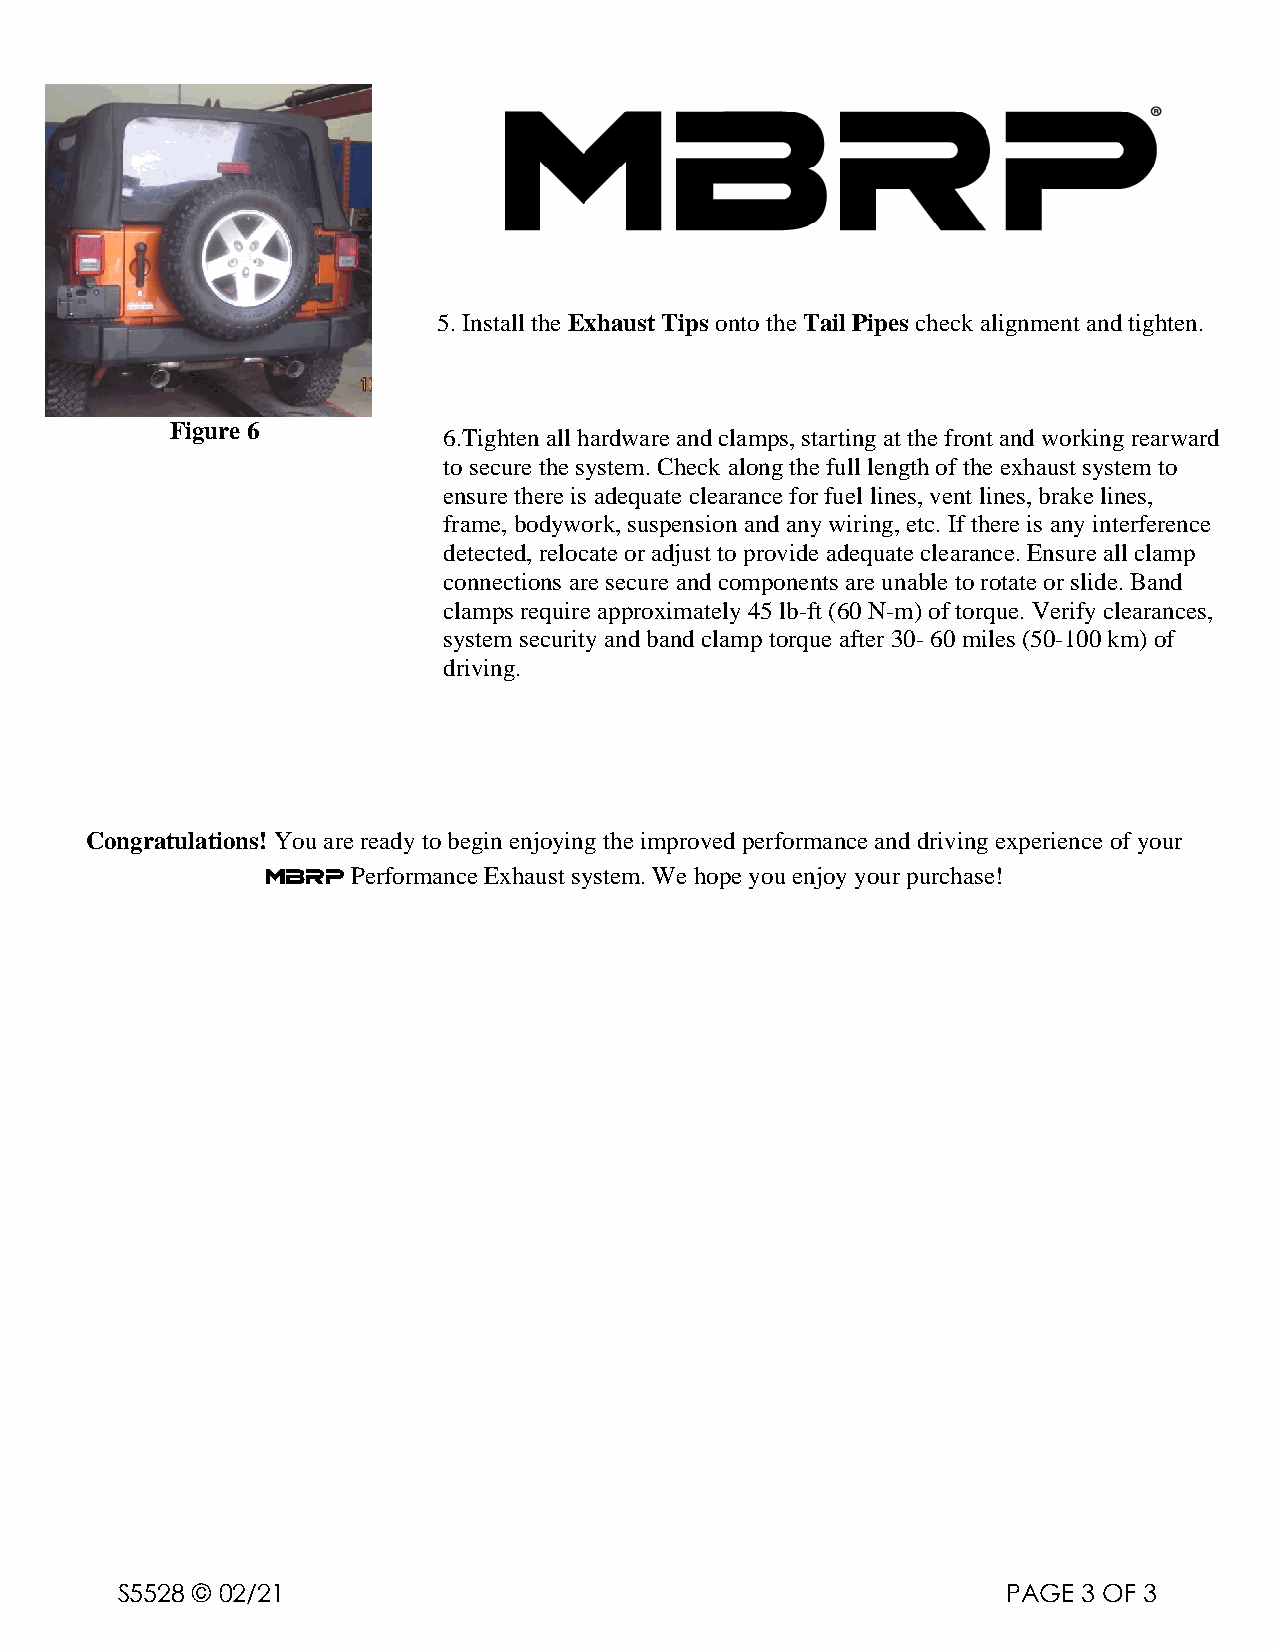
5. Install the Exhaust Tips onto the Tail Pipes check alignment and tighten.
 Figure 6
 6.Tighten all hardware and clamps, starting at the front and working rearward
 to secure the system. Check along the full length of the exhaust system to
 ensure there is adequate clearance for fuel lines, vent lines, brake lines,
 frame, bodywork, suspension and any wiring, etc. If there is any interference
 detected, relocate or adjust to provide adequate clearance. Ensure all clamp
 connections are secure and components are unable to rotate or slide. Band
 clamps require approximately 45 lb-ft (60 N-m) of torque. Verify clearances,
 system security and band clamp torque after 30- 60 miles (50-100 km) of
 driving.
 Congratulations! You are ready to begin enjoying the improved performance and driving experience of your
 MBRP Performance Exhaust system. We hope you enjoy your purchase!
 S5528 © 02/21                                              PAGE 3 OF 3